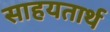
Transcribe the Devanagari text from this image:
साहयतार्थ